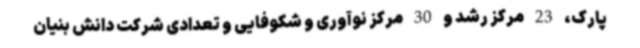
پارک، 23 مرکز رشد و 30 مرکز نوآوری و شکوفایی و تعدادی شرکت دانش بنیان